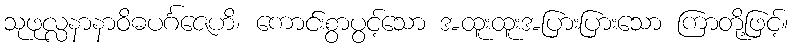
သုဖုလ္လနာနာဝိဓပင်္ဂဇေဟိ၊ ကောင်းစွာပွင့်သော အထူးထူးအပြားပြားသော ကြာတို့ဖြင့်။